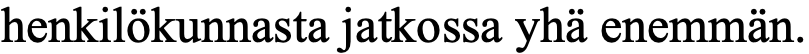
henkilökunnasta jatkossa yhä enemmän.